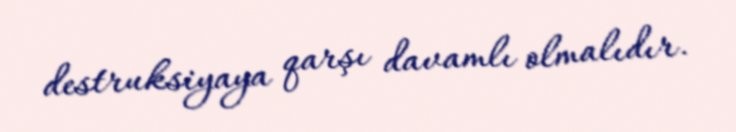
destruksiyaya qarşı davamlı olmalıdır.